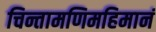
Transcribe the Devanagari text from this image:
चिन्तामणिमहिमानं